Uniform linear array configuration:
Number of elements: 64
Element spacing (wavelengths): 1
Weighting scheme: kaiser
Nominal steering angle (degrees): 0
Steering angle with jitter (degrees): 1.74
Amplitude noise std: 0.05
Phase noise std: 0.05

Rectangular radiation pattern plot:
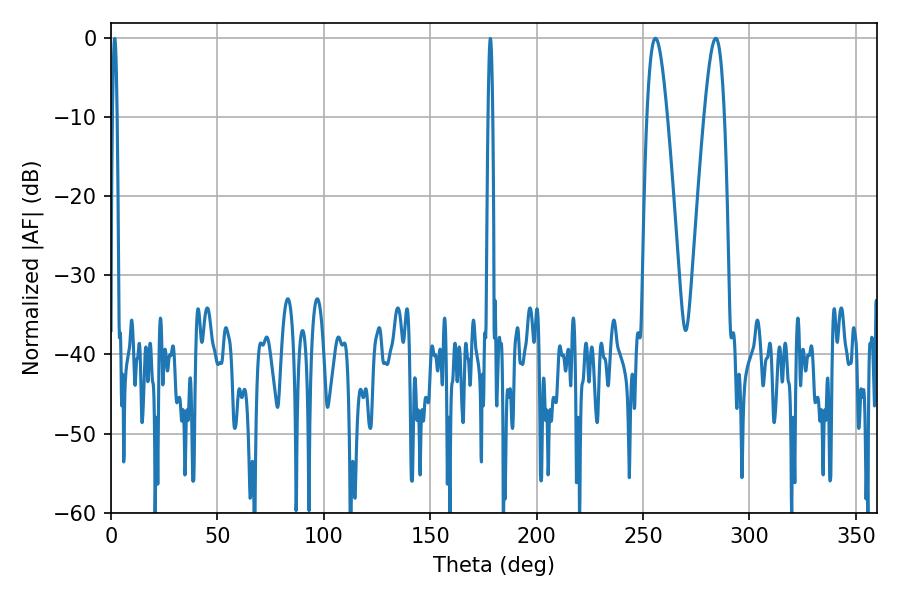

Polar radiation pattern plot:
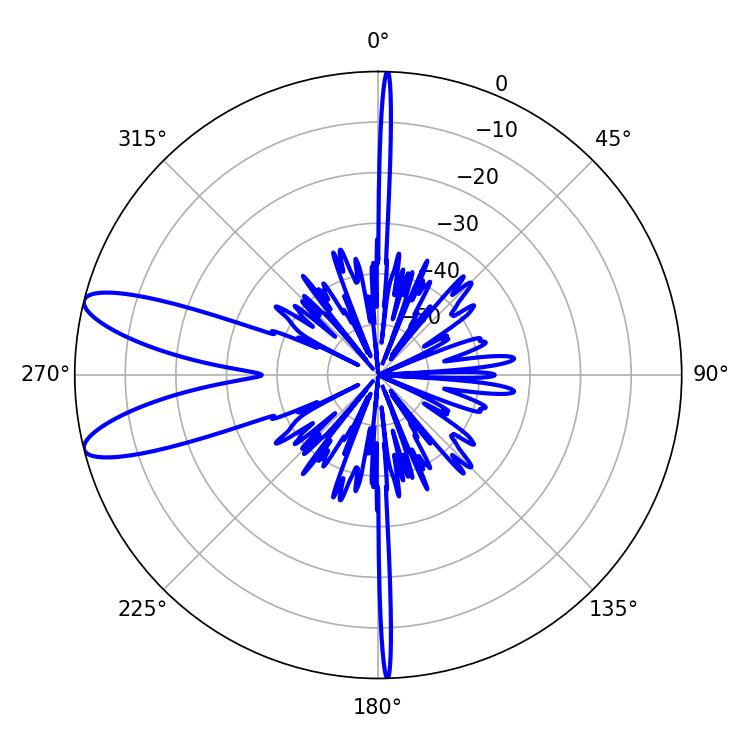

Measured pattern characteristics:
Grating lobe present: TRUE
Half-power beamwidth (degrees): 5.22
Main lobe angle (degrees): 255.78